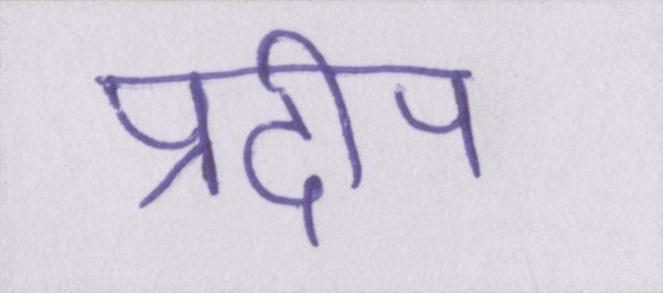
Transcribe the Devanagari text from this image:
प्रदीप